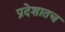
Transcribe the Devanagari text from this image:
प्रदेशातच